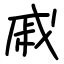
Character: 戚